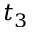
t _ { 3 }